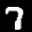
Label: 7